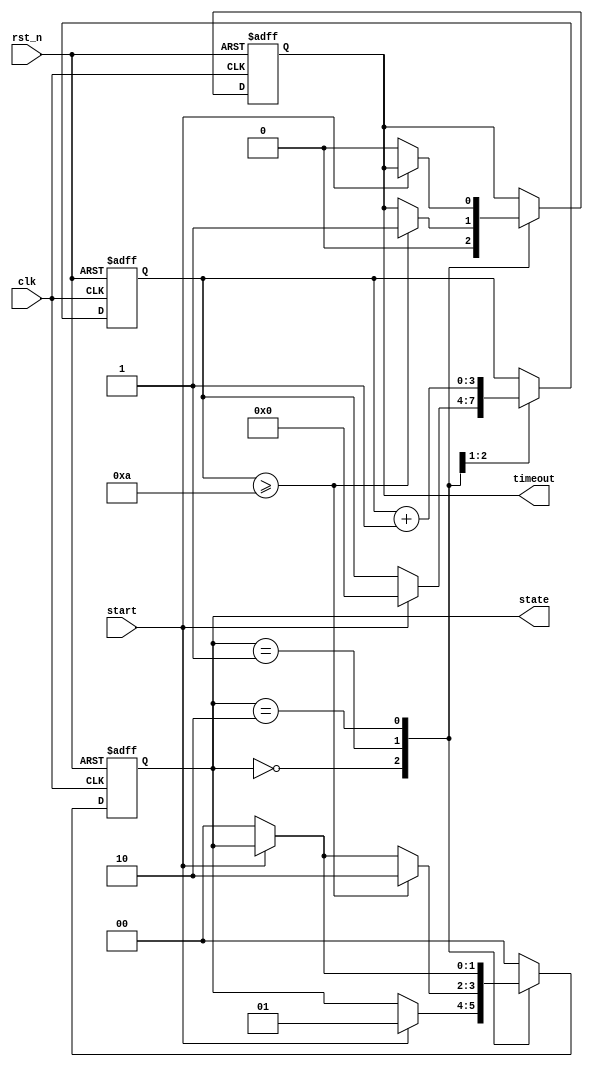
module TimerBasedMealyFSM (
    input wire clk,        // Clock signal
    input wire rst_n,     // Asynchronous active-low reset
    input wire start,     // Input signal to start the timer
    output reg timeout,    // Output signal indicating timeout
    output reg [1:0] state // Current state output
);

    // State encoding
    localparam IDLE    = 2'b00;
    localparam ACTIVE  = 2'b01;
    localparam TIMEOUT = 2'b10;

    // Timer parameters
    parameter TIMER_MAX = 4'd10; // Example timer duration (10 clock cycles)
    reg [3:0] timer; // Timer counter

    // State transition logic
    always @(posedge clk or negedge rst_n) begin
        if (!rst_n) begin
            state <= IDLE;
            timer <= 0;
            timeout <= 0;
        end else begin
            case (state)
                IDLE: begin
                    timeout <= 0; // Reset timeout output
                    if (start) begin
                        state <= ACTIVE; // Transition to ACTIVE state
                        timer <= 0; // Reset timer
                    end
                end

                ACTIVE: begin
                    timer <= timer + 1; // Increment timer
                    if (timer >= TIMER_MAX) begin
                        state <= TIMEOUT; // Transition to TIMEOUT state
                        timeout <= 1; // Set timeout output
                    end else if (!start) begin
                        state <= IDLE; // Transition back to IDLE if start is de-asserted
                    end
                end

                TIMEOUT: begin
                    if (!start) begin
                        state <= IDLE; // Transition back to IDLE if start is de-asserted
                        timeout <= 0; // Reset timeout output
                    end
                end

                default: state <= IDLE; // Default case
            endcase
        end
    end

endmodule